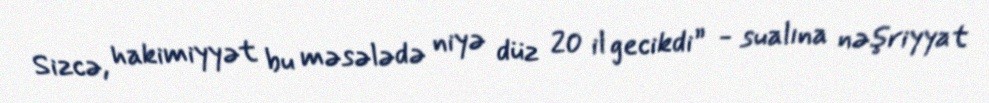
Sizcə, hakimiyyət bu məsələdə niyə düz 20 il gecikdi” - sualına nəşriyyat